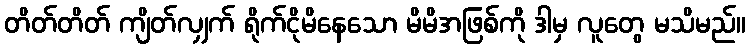
တိတ်တိတ် ကျိတ်လျှက် ရိုက်ငိုမိနေသော မိမိအဖြစ်ကို ဒါမှ လူတွေ မသိမည်။